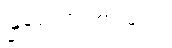
မြရေ၊ ဘာ စားမလဲ။